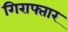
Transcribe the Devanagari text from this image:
गिराफ्तार